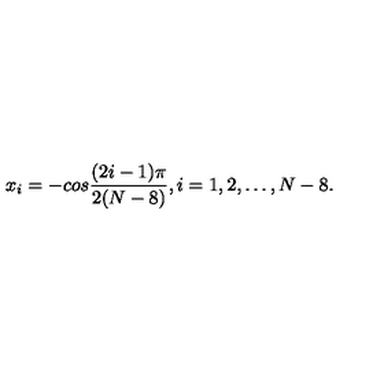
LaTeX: x _ { i } = - c o s { \frac { ( 2 i - 1 ) \pi } { 2 ( N - 8 ) } } , i = 1 , 2 , \dots , N - 8 .